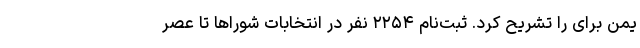
یمن برای را تشریح کرد. ثبت‌نام ۲۲۵۴ نفر در انتخابات شوراها تا عصر